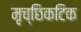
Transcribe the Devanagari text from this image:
मृच्छिकटिक